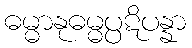
ဓမ္မာနုဓမ္မပ္ပဋိပန္နာ